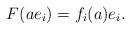
LaTeX: \begin{align*}F(ae_{i})=f_{i}(a)e_{i}.\end{align*}